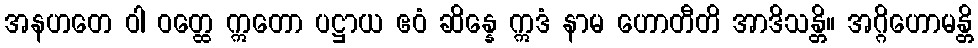
အနဟတေ ဝါ ဝတ္ထေ ဣတော ပဋ္ဌာယ ဧဝံ ဆိန္နေ ဣဒံ နာမ ဟောတီတိ အာဒိသန္တိ။ အဂ္ဂိဟောမန္တိ